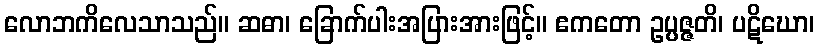
လောဘကိလေသာသည်။ ဆဓာ၊ ခြောက်ပါးအပြားအားဖြင့်။ ဧကတော ဥပ္ပဇ္ဇတိ၊ ပဋိဃော၊